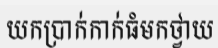
យកប្រាក់កាក់ធំមកថ្វាយ